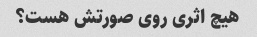
هیچ اثری روی صورتش هست؟